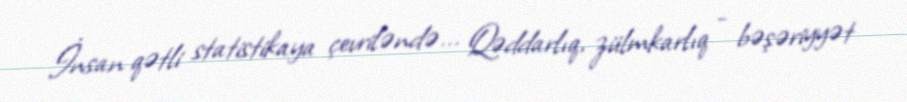
İnsan qətli statistikaya çevriləndə... Qəddarlıq, zülmkarlıq - bəşəriyyət